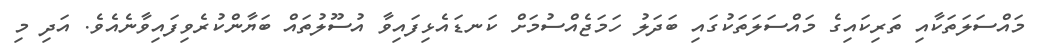
މައްސަލަތަކާއި ތަރިކައިގެ މައްސަލަތަކުގައި ބަދަލު ހަމަޖެއްސުމަށް ކަނޑައެޅިފައިވާ އުސޫލުތައް ބަޔާންކުރެވިފައިވާނެއެވެ. އަދި މި